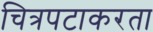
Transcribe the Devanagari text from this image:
चित्रपटाकरता